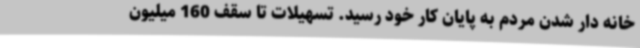
خانه دار شدن مردم به پایان کار خود رسید. تسهیلات تا سقف 160 میلیون